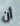
أن